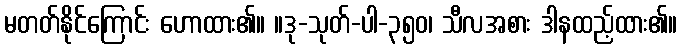
မတတ်နိုင်ကြောင်း ဟောထား၏။ ။ဒု-သုတ်-ပါ-၃၅၀၊ သီလအစား ဒါနထည့်ထား၏။